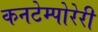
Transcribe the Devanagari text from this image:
कनटेम्पोरेरी